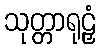
သုတ္တာရုဠှံ